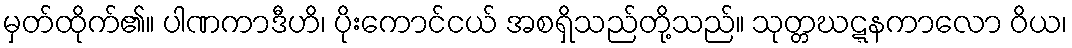
မှတ်ထိုက်၏။ ပါဏကာဒီဟိ၊ ပိုးကောင်ငယ် အစရှိသည်တို့သည်။ သုတ္တဃဋ္ဋနကာလော ဝိယ၊